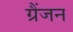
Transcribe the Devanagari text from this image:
ग्रैंजन